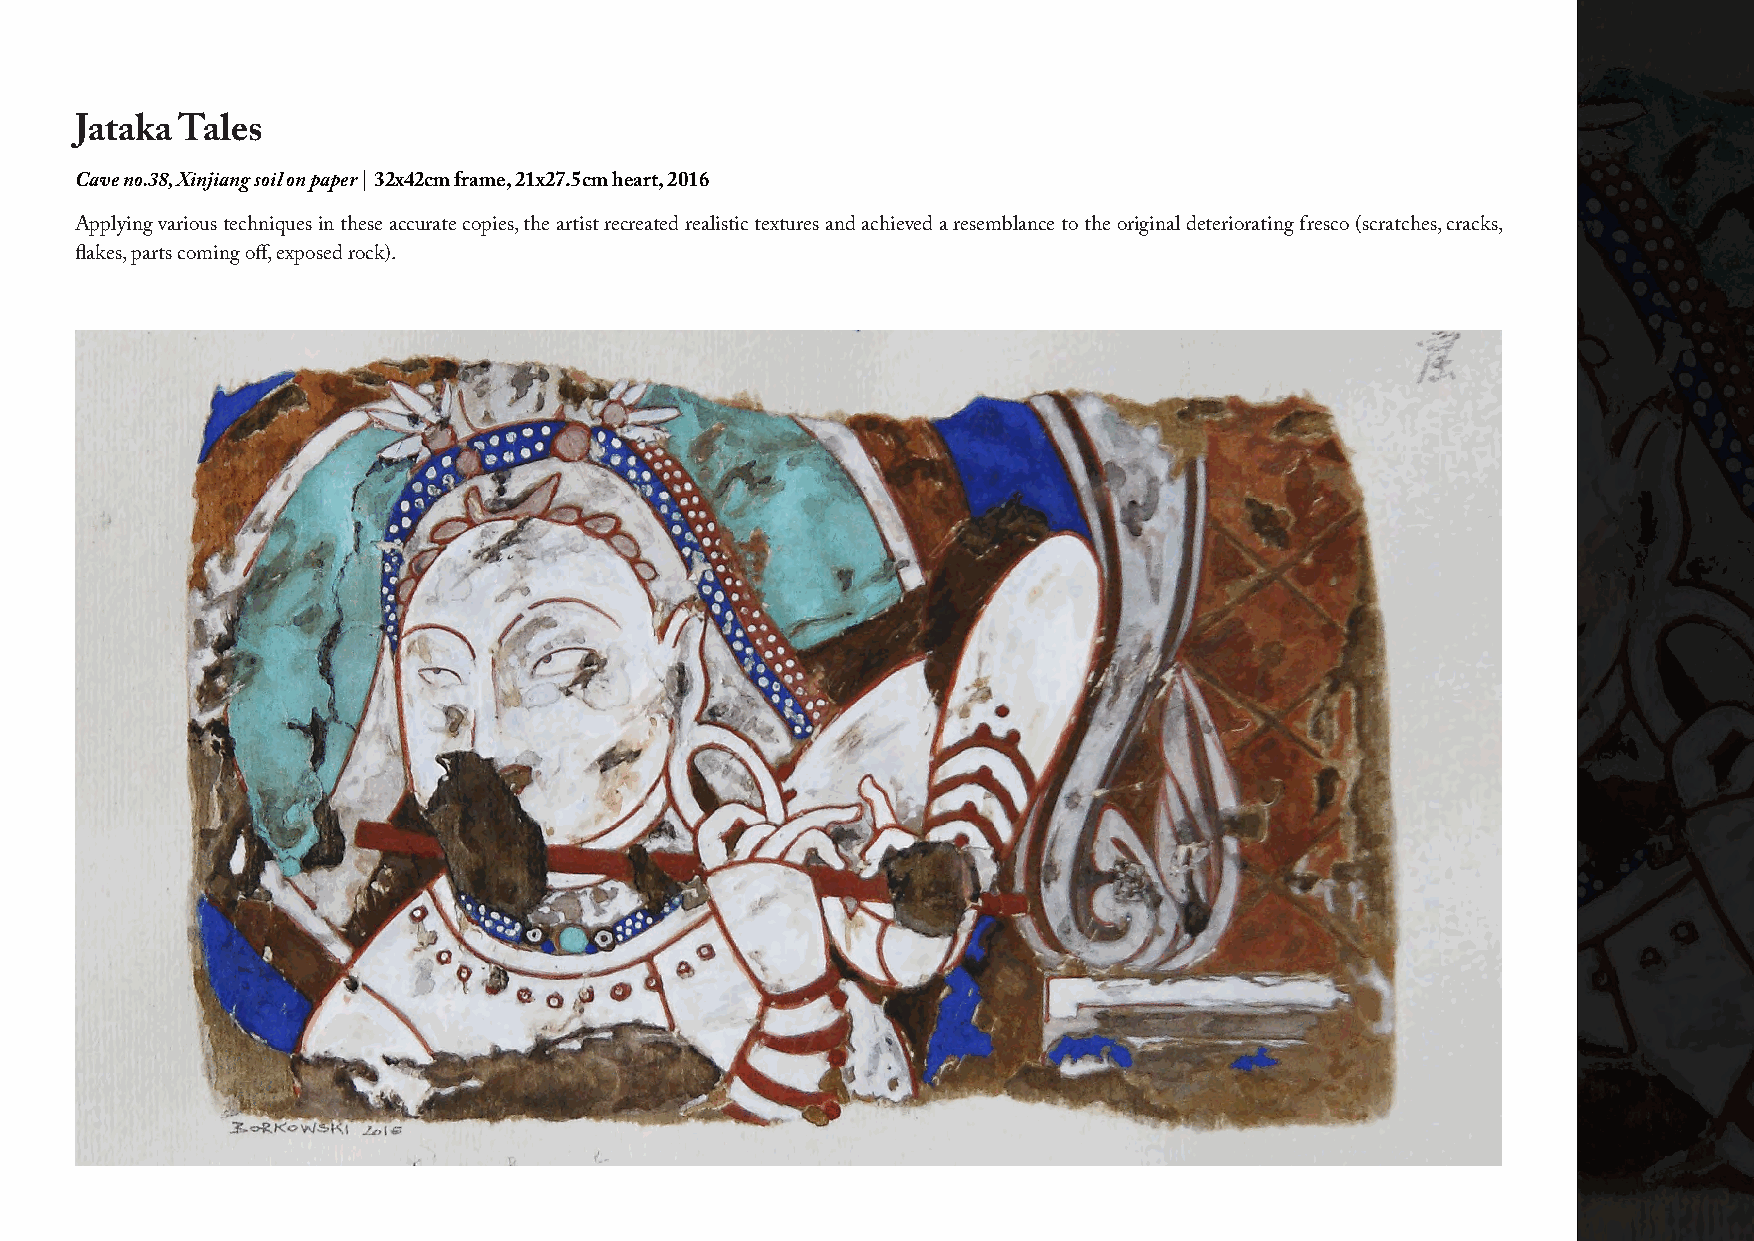
Jataka Tales
 Cave no.38, Xinjiang soil on paper | 32x42cm frame, 21x 27.5cm heart, 2016
 Applying various techniques in these accurate copies, the artist recreated realistic textures and achieved a resemblance to the original deteriorating fresco (scratches, cracks,
 flakes, parts coming off, exposed rock).